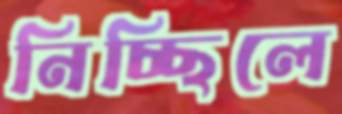
নিচ্ছিলে